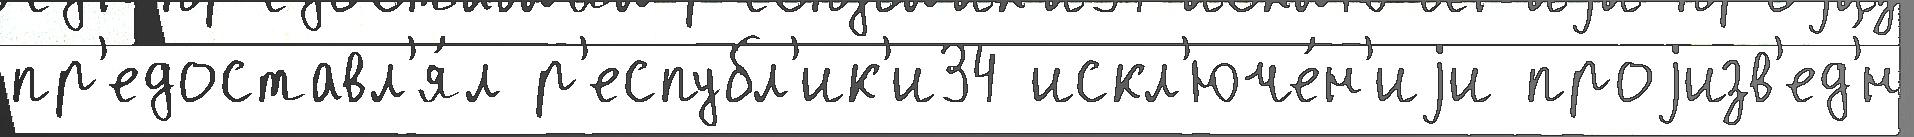
пр'едоставл'я́л р'еспубл'ик'и34 искл'юче́н'иjи проjизв'ед'́н